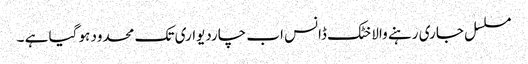
مسلسل جاری رہنے والا خٹک ڈانس اب چاردیواری تک محدود ہو گیا ہے ۔